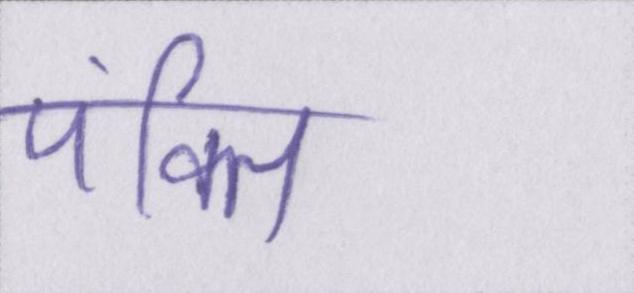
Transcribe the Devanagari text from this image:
पंक्ति